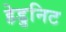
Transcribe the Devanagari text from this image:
हेडुनिट